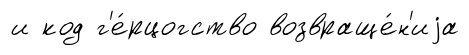
и код г'е́рцогство возвраще́н'иjа